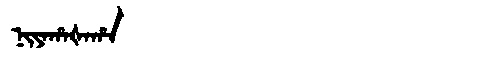
Manchu: ᠨᡳᠶᠠᡥᠠᡧᠠᡥᠠ
Romanization: NIYAHAŠAHA